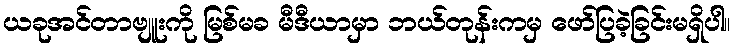
ယခုအင်တာဗျူးကို မြစ်မခ မီဒီယာမှာ ဘယ်တုန်းကမှ ဖော်ပြခဲ့ခြင်းမရှိပါ။